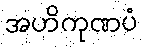
အဟိကုဏပံ